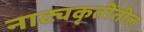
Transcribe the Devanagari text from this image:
नाट्यकृतींतील